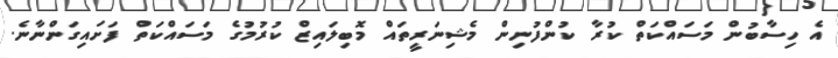
އެ ހިސާބުން މަސައްކަތް ކުރާ ކުންފުނިން މެޝިނަރީތައް މޮބިލައިޒް ކުރުމުގެ މަސައްކަތް ފަށައިގަންނާނެ.